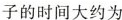
子的时间大约为 ( )